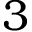
3